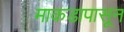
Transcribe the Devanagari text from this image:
माकडापासून